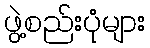
ဖွဲ့စည်းပုံများ